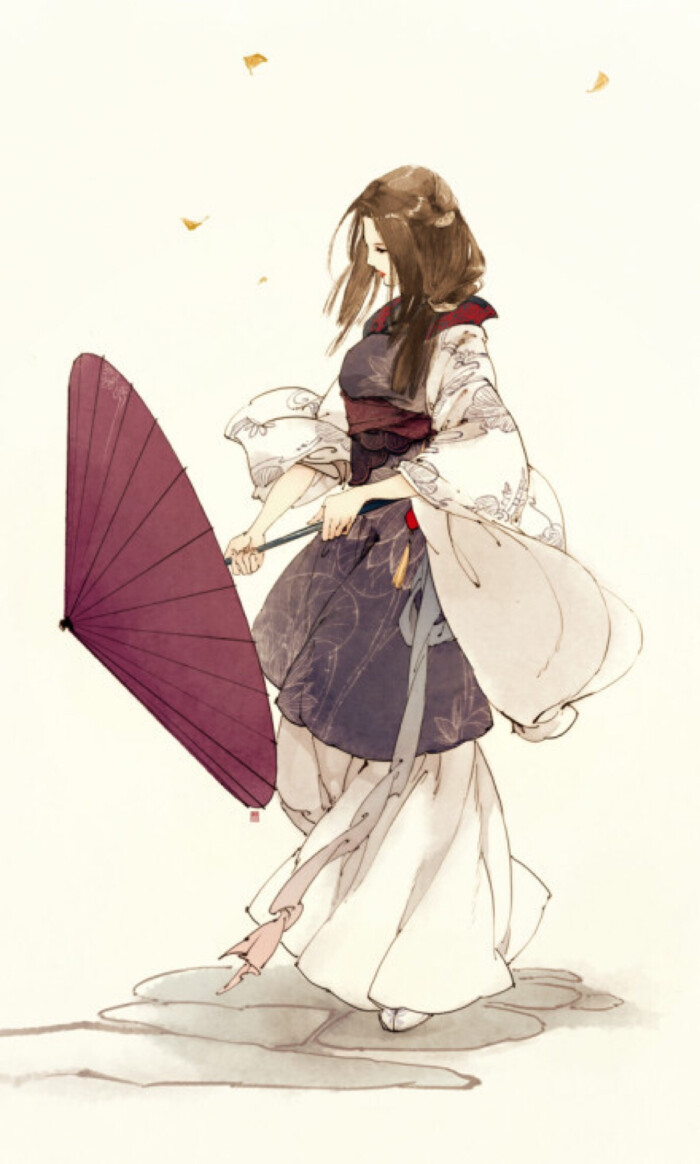
清明时节雨声哗。潮拥渡头沙。